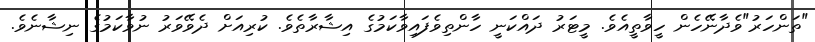
"ތަންހަރު"ވެދާނޭހެން ހީވާތީއެވެ. މީޓަރު ދައްކަނީ ހާންތިވެފައިވާކަމުގެ އިޝާރާތެވެ. ކުރިއަށް ދެވޭވަރު ނުވާކަމުގެ ނިޝާނެވެ.